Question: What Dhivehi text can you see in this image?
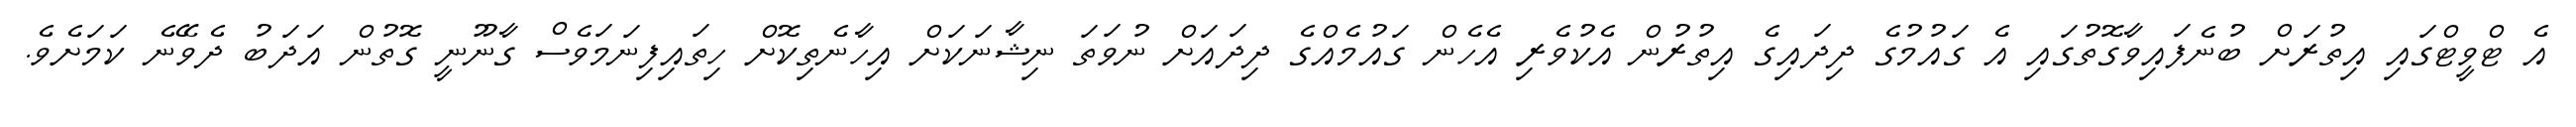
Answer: އެ ޓްވީޓްގައި އިތުރަށް ބުނެފައިވާގޮތުގައި އެ ގައުމުގެ ދިދައިގެ އިތުރުން އެކުވެރި އެހެން ގައުމެއްގެ ދިދައަށް ނުވަތަ ނިޝާނަކަށް އިހާނެތިކޮށް ހިތައިފިނަމަވެސް ގާނޫނީ ގޮތުން އަދަބު ދެވޭނެ ކަމަށެވެ.